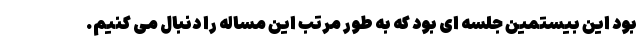
بود این بیستمین جلسه ای بود که به طور مرتب این مساله را دنبال می کنیم.